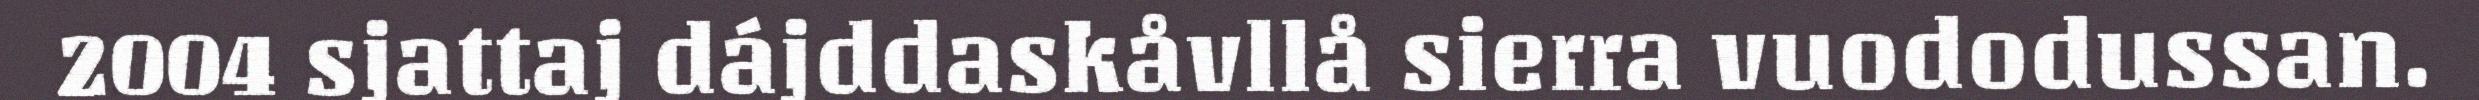
2004 sjattaj dájddaskåvllå sierra vuododussan.